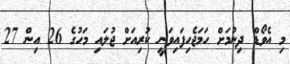
މި އެވޯޑް ދިނުމަށް ހަމަޖެހިފައިވަނީ ކުރިއަަށް ޖުލައި މަހުގެ 26 އިން 27